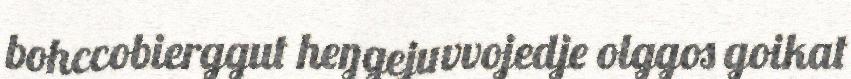
bohccobierggut heŋgejuvvojedje olggos goikat